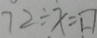
7 2 \div x = \square